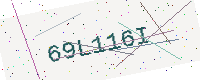
Text: 69L116I